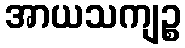
အာယသကျဉ္စ